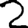
Digit: 2